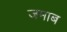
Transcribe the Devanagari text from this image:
जमाब